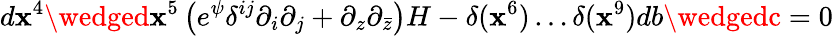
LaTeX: d\mathbf{x}^{4}\wedged\mathbf{x}^{5}\left(e^{\psi}\delta^{ij}\partial_{i}\partial_{j}+\partial_{z}\partial_{\bar{{z}}}\right)H-\delta(\mathbf{x}^{6})\ldots\delta(\mathbf{x}^{9})db\wedgedc=0